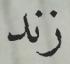
زند